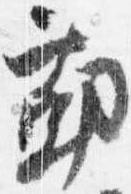
勤